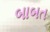
બાબત